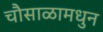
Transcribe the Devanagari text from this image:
चौसाळामधुन